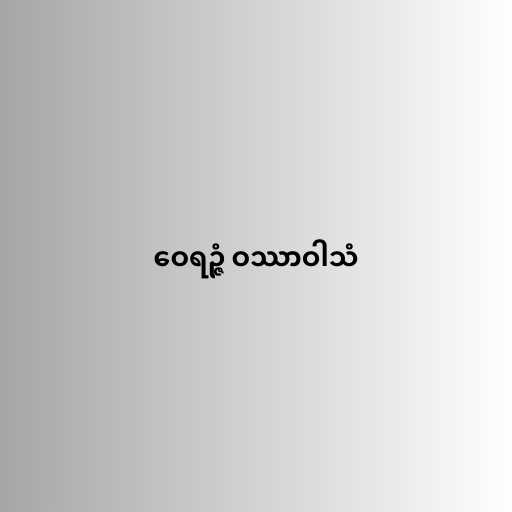
ဝေရဉ္ဇံ ဝဿာဝါသံ